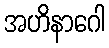
အဟိနာဂေါ